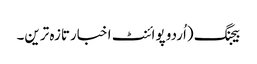
بیجنگ (اُردو پوائنٹ اخبارتازہ ترین۔